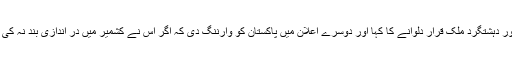
پہلے اعلان میں مودی نے پاکستان کو تنہا اور دہشتگرد ملک قرار دلوانے کا کہا اور دوسرے اعلان میں پاکستان کو وارننگ دی کہ اگر اس نے کشمیر میں درِ اندازی بند نہ کی تو اسے بلوچستان سے ہاتھ دھونے پڑینگے۔